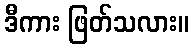
ဒီကား ဖြတ်သလား။